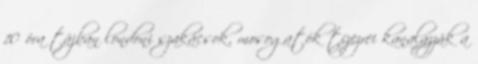
10 óra tájban londoni szakácsok, mosogatók tízezrei kanalazzák a